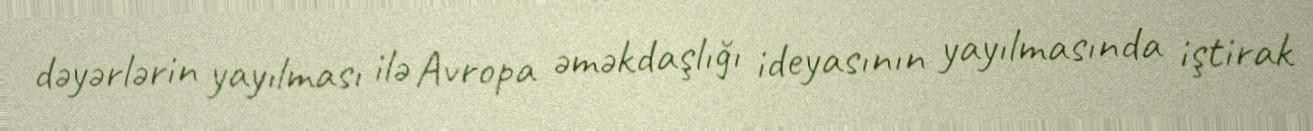
dəyərlərin yayılması ilə Avropa əməkdaşlığı ideyasının yayılmasında iştirak